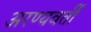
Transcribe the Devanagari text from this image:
अरण्यवर्ती